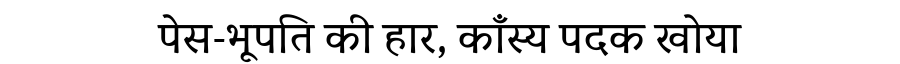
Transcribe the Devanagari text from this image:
पेस-भूपति की हार, काँस्य पदक खोया